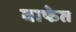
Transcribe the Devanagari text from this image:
वाफेत